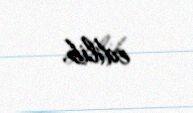
edilib.